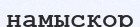
намысқор